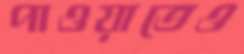
পাওয়াতেও